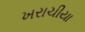
ખરાચીયા